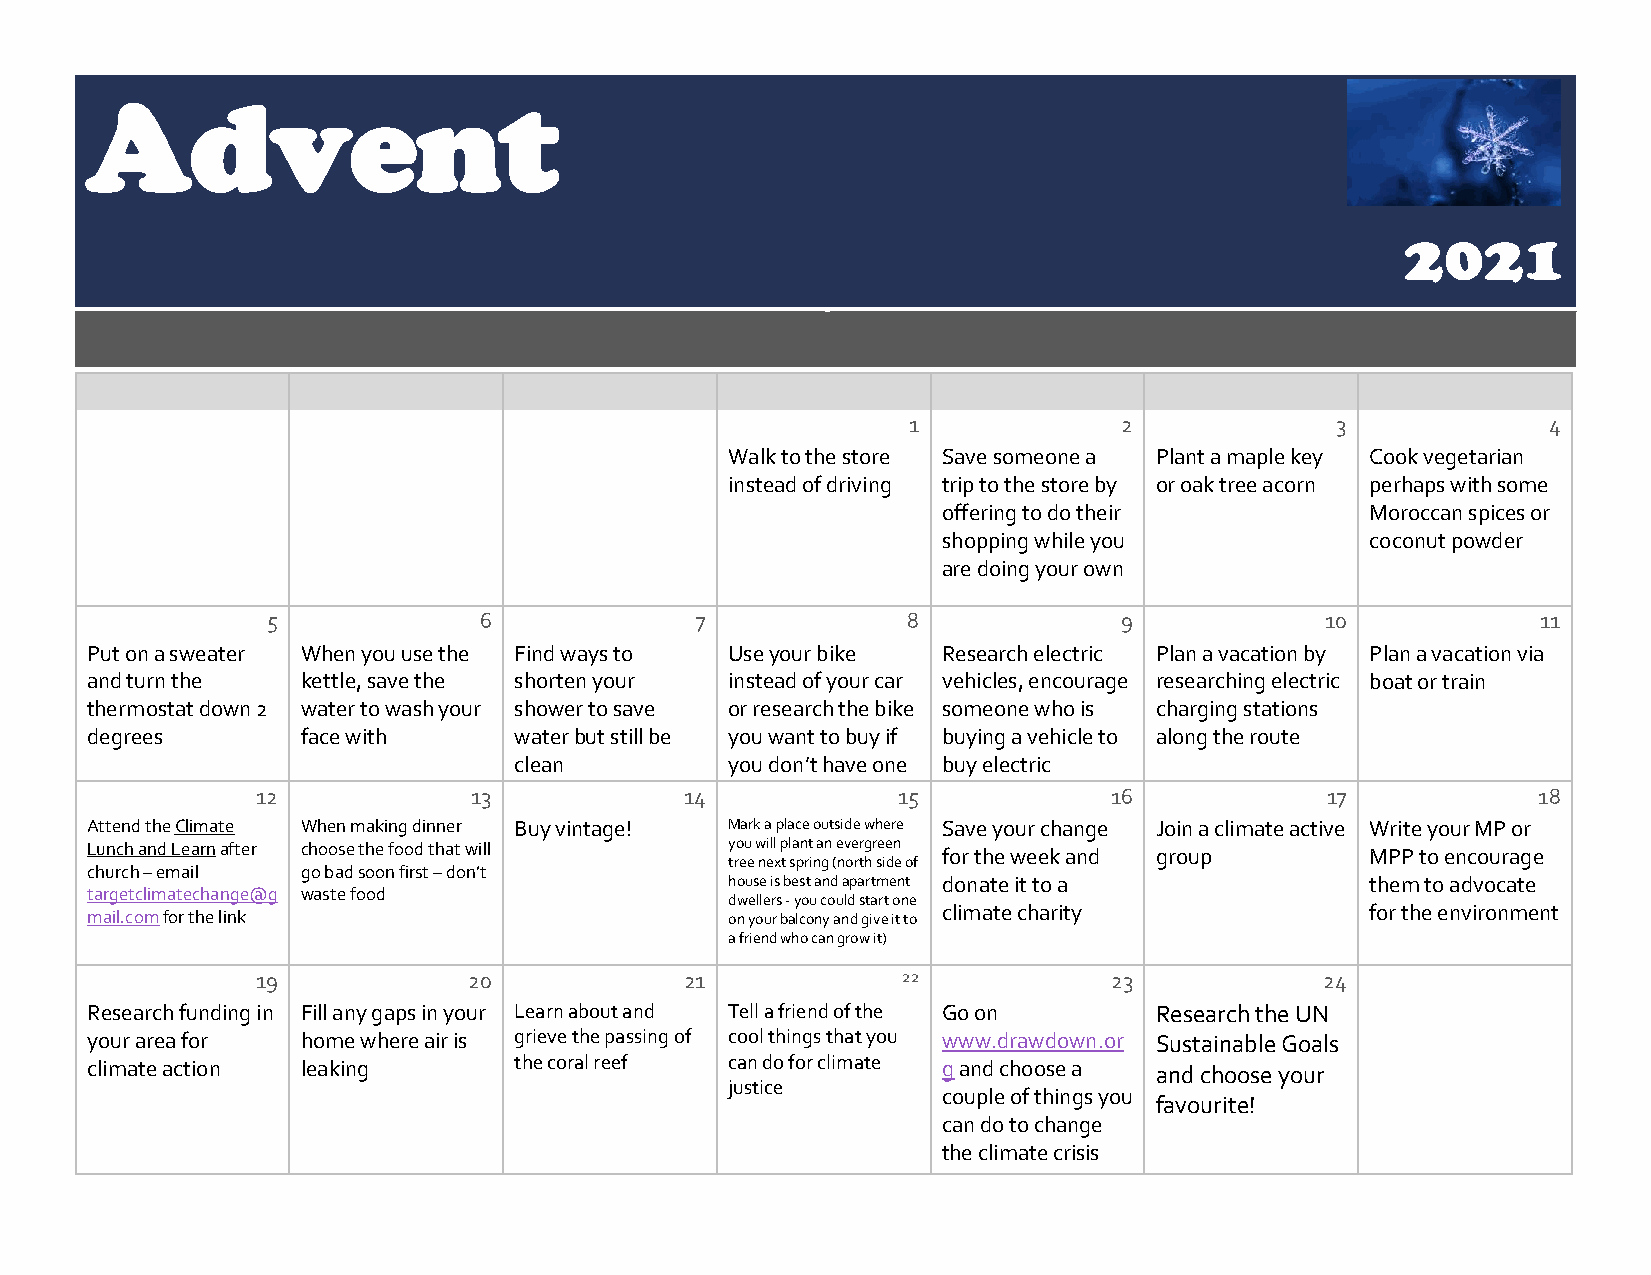
Advent
 2021
 1             2             3             4
 Walk to the store Save someone a Plant a maple key Cook vegetarian
 instead of driving trip to the store by or oak tree acorn perhaps with some
 offering to do their         Moroccan spices or
 shopping while you           coconut powder
 are doing your own
 5             6             7             8             9             10            11
 Put on a sweater When you use the Find ways to Use your bike Research electric Plan a vacation by Plan a vacation via
 and turn the  kettle, save the shorten your instead of your car vehicles, encourage researching electric boat or train
 thermostat down 2 water to wash your shower to save or research the bike someone who is charging stations
 degrees       face with     water but still be you want to buy if buying a vehicle to along the route
 clean         you don’t have one buy electric
 12            13            14            15            16             17            18
 Attend the Climate When making dinner Buy vintage! Mark a place outside where Save your change Join a climate active Write your MP or
 Lunch and Learn after choose the food that will you will plant an evergreen for the week and group MPP to encourage
 tree next spring (north side of
 church – email go bad soon first – don’t
 house is best and apartment donate it to a them to advocate
 targetclimatechange@g waste food
 dwellers - you could start one
 mail.com for the link                     on your balcony and give it to
 climate charity              for the environment
 a friend who can grow it)
 19            20            21             22            23            24
 Research funding in Fill any gaps in your Learn about and Tell a friend of the Go on Research the UN
 your area for home where air is grieve the passing of cool things that you www.drawdown.or Sustainable Goals
 climate action leaking      the coral reef can do for climate g and choose a and choose your
 justice
 couple of things you
 favourite!
 can do to change
 the climate crisis